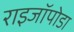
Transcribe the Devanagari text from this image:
राइजॉपोडा